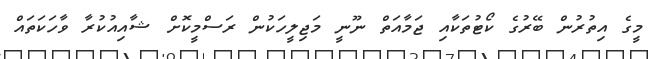
މީގެ އިތުރުން ބޭރުގެ ކޯޓުތަކާއި ޖަމާއަތް ނޫނީ މަޖިލީހަކުން ރަސްމީކޮށް ޝާއިއުކުރާ ވާހަކަތައް